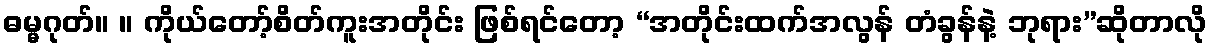
ဓမ္မဂုတ်။ ။ ကိုယ်တော့်စိတ်ကူးအတိုင်း ဖြစ်ရင်တော့ “အတိုင်းထက်အလွန် တံခွန်နဲ့ ဘုရား”ဆိုတာလို